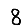
Digit: 8